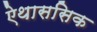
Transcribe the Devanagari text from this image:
ऐथाससिक